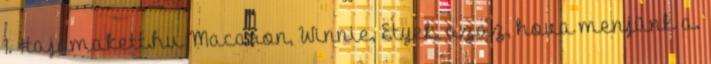
1. Hajómakett.hu Macaron, Winnie, Etyek, azaz, hova menjünk a.